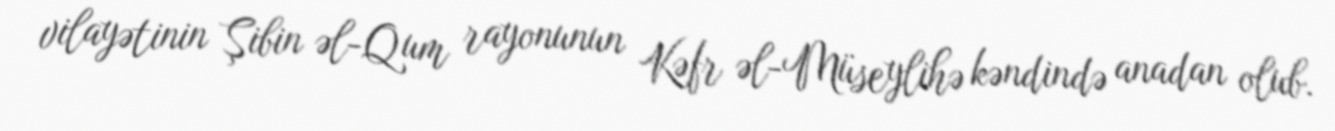
vilayətinin Şibin əl-Qum rayonunun Kəfr əl-Müseylihə kəndində anadan olub.